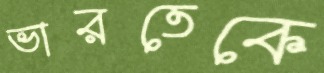
ভারতেকে